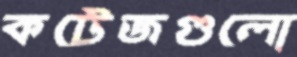
কটেজগুলো